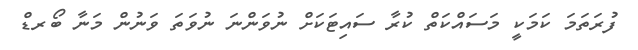
ފުރަތަމަ ކަމަކީ މަސައްކަތް ކުރާ ސައިޓަކަށް ނުވަންނަ ނުވަތަ ވަނުން މަނާ ބޯރޑް